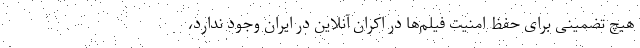
هیچ تضمینی برای حفظ امنیت فیلم‌ها در اکران آنلاین در ایران وجود ندارد،